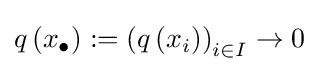
q\left(x_{\bullet }\right):=\left(q\left(x_{i}\right)\right)_{i\in I}\to 0